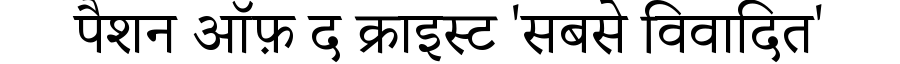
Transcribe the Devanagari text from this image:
पैशन ऑफ़ द क्राइस्ट 'सबसे विवादित'